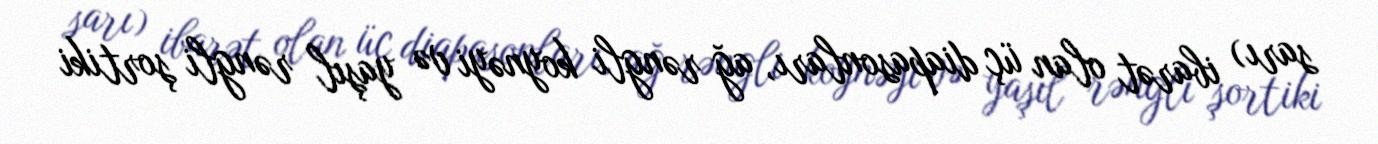
sarı) ibarət olan üç diapasonları, ağ rəngli koynəyi və yaşıl rəngli şortiki